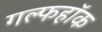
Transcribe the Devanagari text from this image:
गल्फहॉक